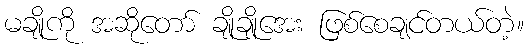
မချိုကို အဆိုတော် ချိုချိုအေး ဖြစ်စေချင်တယ်တဲ့။